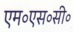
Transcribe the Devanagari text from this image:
एम॰एस॰सी॰